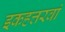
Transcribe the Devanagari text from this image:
इकहत्तरवां